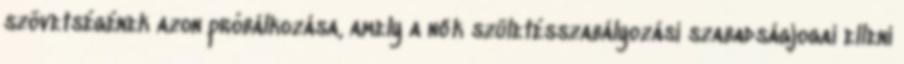
szövetségének azon próbálkozása, amely a nők születésszabályozási szabadságjogai elleni